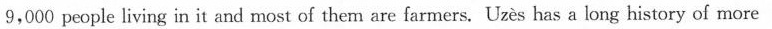
9,000 people living in it and most of them are farmers. Uzès has a long history of more